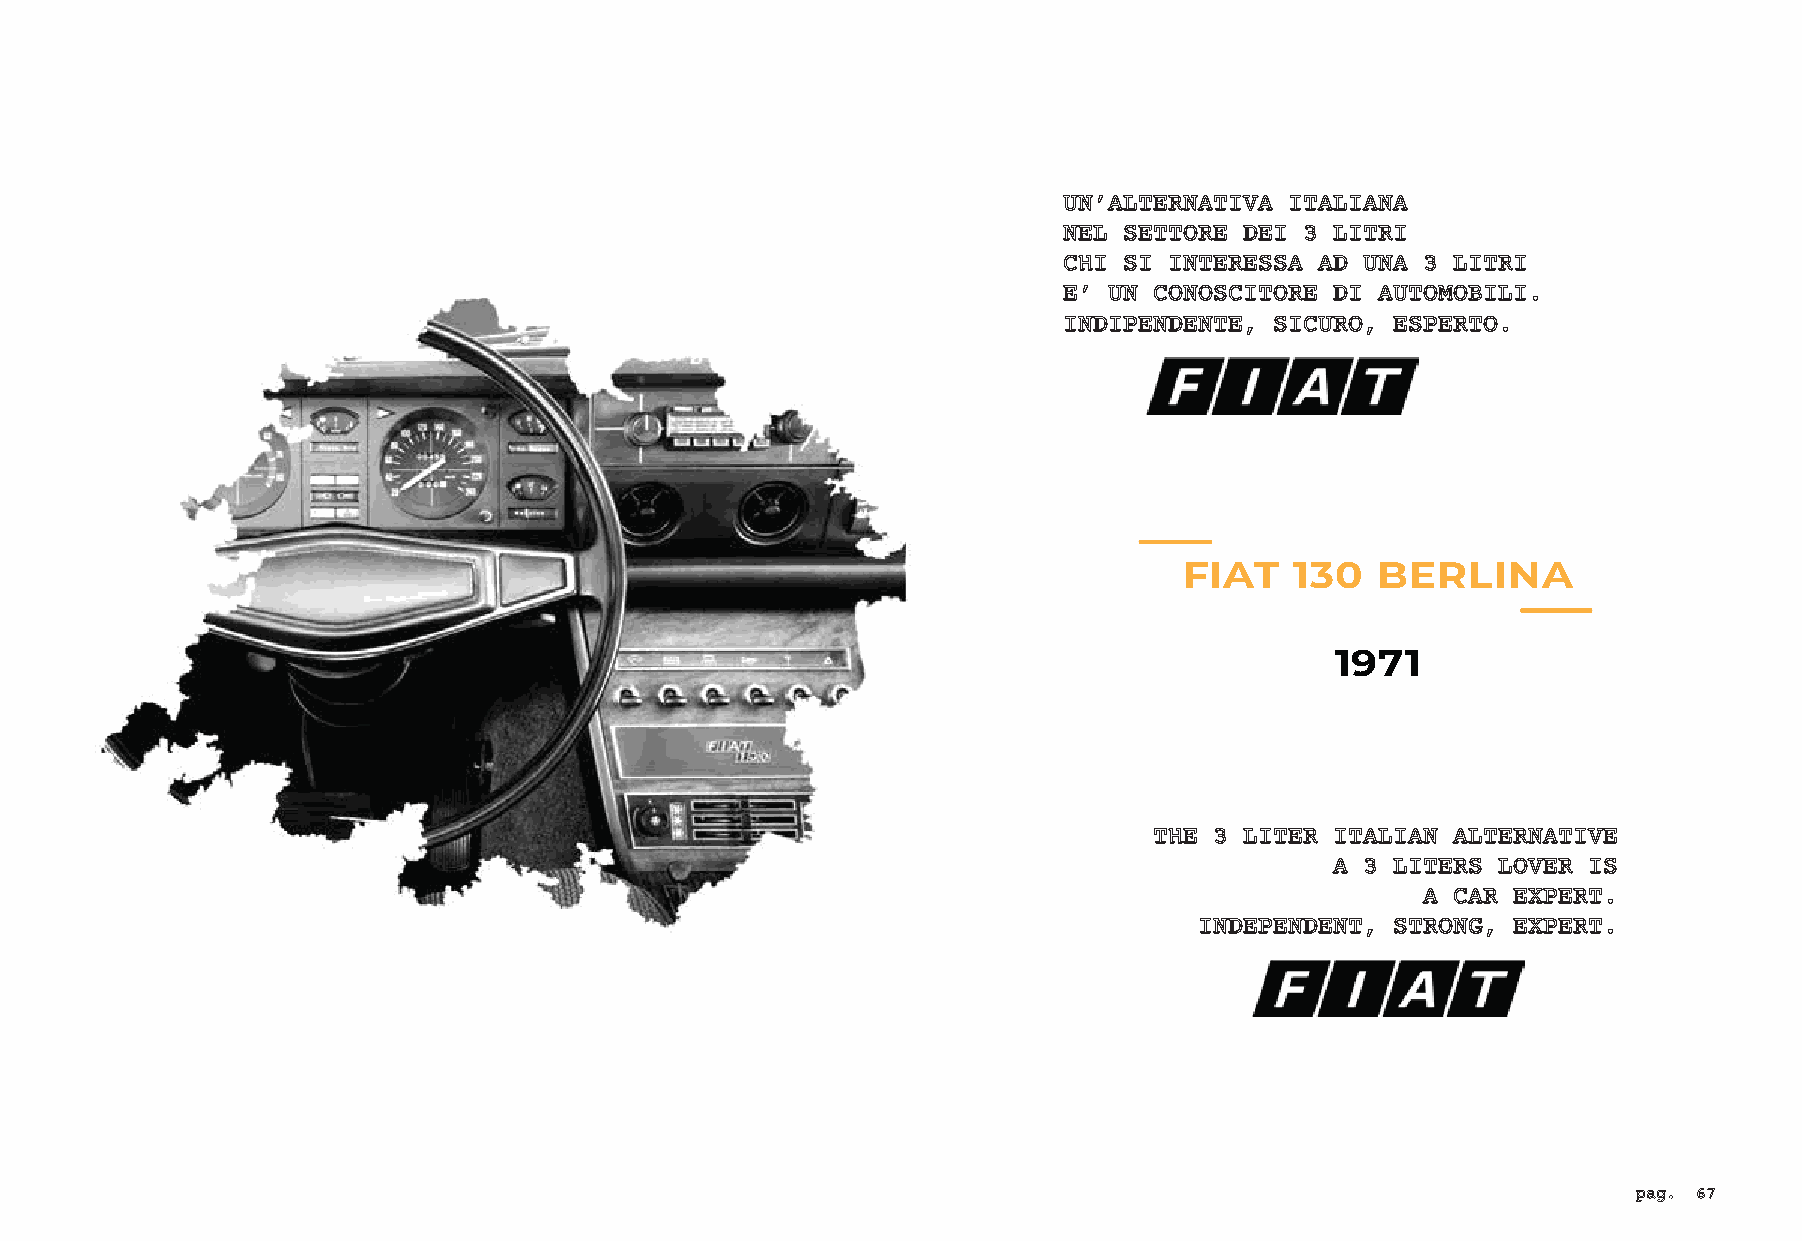
UN’ALTERNATIVA ITALIANA
 NEL SETTORE DEI 3 LITRI
 CHI SI INTERESSA AD UNA 3 LITRI
 E’ UN CONOSCITORE DI AUTOMOBILI.
 INDIPENDENTE, SICURO, ESPERTO.
 FIAT    130  BERLINA
 1971
 THE 3 LITER ITALIAN ALTERNATIVE
 A 3 LITERS LOVER IS
 A CAR EXPERT.
 INDEPENDENT, STRONG, EXPERT.
 pag. 67